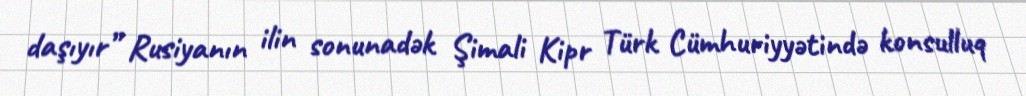
daşıyır” Rusiyanın ilin sonunadək Şimali Kipr Türk Cümhuriyyətində konsulluq